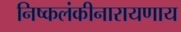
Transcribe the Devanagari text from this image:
निष्कलंकीनारायणाय